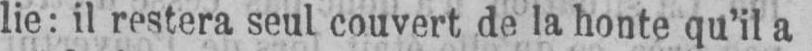
lie: il restera seul couvert de la honte qu’il a